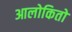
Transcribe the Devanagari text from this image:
आलोकितो